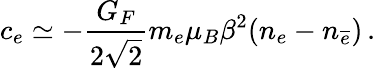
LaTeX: c_{e}\simeq-\frac{G_{F}}{2\sqrt{2}}m_{e}\mu_{B}\beta^{2}(n_{e}-n_{{\overline{{e}}}})\, .